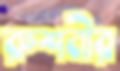
রুশনীর